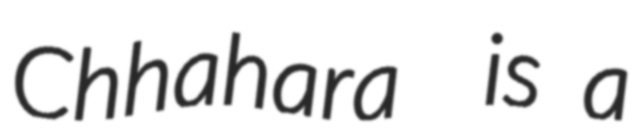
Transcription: Chhahara  is a